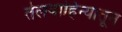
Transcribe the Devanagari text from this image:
तेलवाहिन्यातून